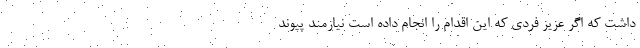
داشت که اگر عزیز فردی که این اقدام را انجام داده است نیازمند پیوند